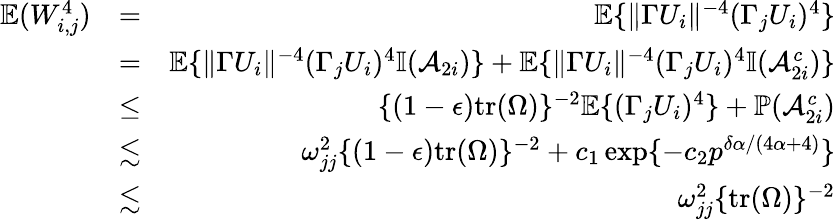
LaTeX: \begin{array}{rlr}{{\mathbb{E}}(W_{i,j}^{4})}&{=}&{{\mathbb{E}}\{ \| \Gamma U_{i}\| ^{-4}(\Gamma_{j}U_{i})^{4}\} }\\ &{=}&{{\mathbb{E}}\{ \| \Gamma U_{i}\| ^{-4}(\Gamma_{j}U_{i})^{4}{\mathbb{I}}(\mathcal{A}_{2i})\} +{\mathbb{E}}\{ \| \Gamma U_{i}\| ^{-4}(\Gamma_{j}U_{i})^{4}{\mathbb{I}}(\mathcal{A}_{2i}^{c})\} }\\ &{\leq}&{\{ (1-\epsilon)\mathrm{tr}(\Omega)\} ^{-2}{\mathbb{E}}\{ (\Gamma_{j}U_{i})^{4}\} +{\mathbb{P}}(\mathcal{A}_{2i}^{c})}\\ &{\lesssim}&{\omega_{jj}^{2}\{ (1-\epsilon)\mathrm{tr}(\Omega)\} ^{-2}+c_{1}\exp\{ -c_{2}p^{\delta\alpha/(4\alpha+4)}\} }\\ &{\lesssim}&{\omega_{jj}^{2}\{ \mathrm{tr}(\Omega)\} ^{-2}}\end{array}